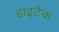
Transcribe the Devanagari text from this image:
हाइटैक